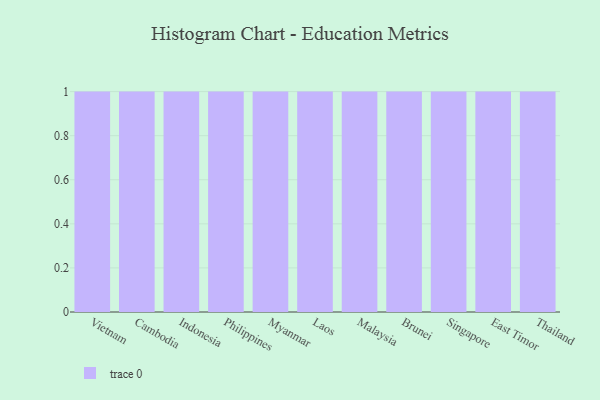
{"axis": {"x": "Country", "y": "Population (Million)"}, "legend": [""], "data": [{"x": "Vietnam", "y": 71, "type": ""}, {"x": "Cambodia", "y": 68, "type": ""}, {"x": "Indonesia", "y": 58, "type": ""}, {"x": "Philippines", "y": 46, "type": ""}, {"x": "Myanmar", "y": 25, "type": ""}, {"x": "Laos", "y": 63, "type": ""}, {"x": "Malaysia", "y": 14, "type": ""}, {"x": "Brunei", "y": 50, "type": ""}, {"x": "Singapore", "y": 51, "type": ""}, {"x": "East Timor", "y": 72, "type": ""}, {"x": "Thailand", "y": 37, "type": ""}]}